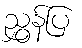
ညွှန်ပြ